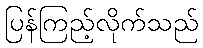
ပြန်ကြည့်လိုက်သည်